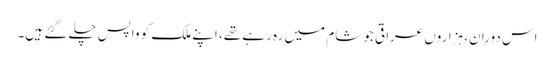
اس دوران، ہزاروں عراقی جو شام میں رہ رہے تھے، اپنے ملک کو واپس چلے گئے ہیں۔